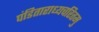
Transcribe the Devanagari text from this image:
पंडिताराध्यचरितमु